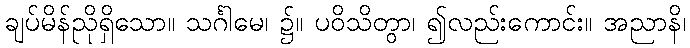
ချပ်မိန်ညိုရှိသော။ သင်္ဂါမေ၊ ၌။ ပဝိသိတွာ၊ ၍လည်းကောင်း။ အညာနိ၊